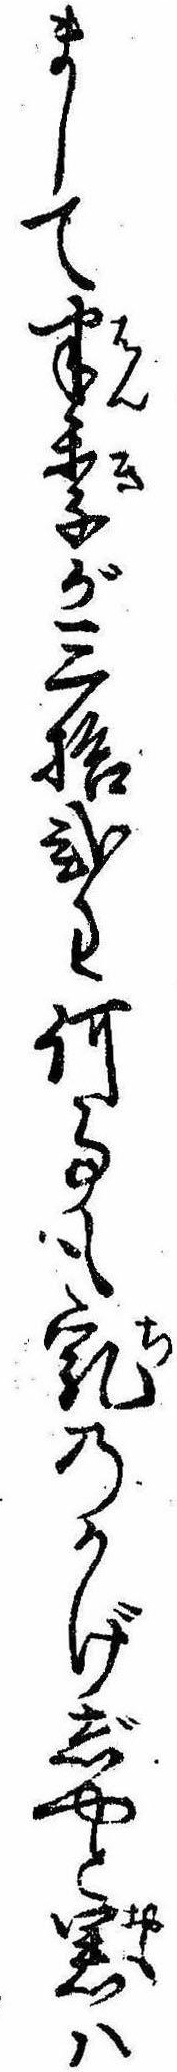
まして半季が三拾弐匁何事も乳のかげじやと思は